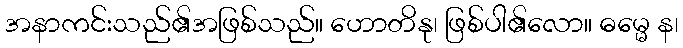
အနာကင်းသည်၏အဖြစ်သည်။ ဟောတိနု၊ ဖြစ်ပါ၏လော။ ဓမ္မေ န၊